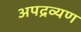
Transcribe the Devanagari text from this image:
अपद्रव्यण